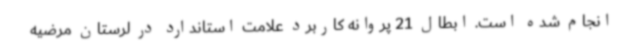
انجام شده است. ابطال 21 پروانه کاربرد علامت استاندارد در لرستان مرضیه